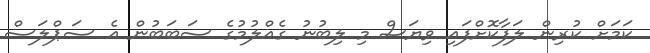
ކަމަށް ކުރިން ލަފާކޮށްފައި ވިޔަސް މި ލިބުނު ގެއްލުމުގެ ސަބަބުން އެ ސަޕްލަސް